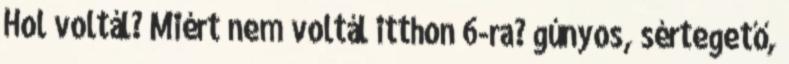
Hol voltál? Miért nem voltál itthon 6-ra? gúnyos, sértegető,